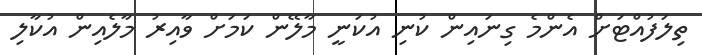
ތިލަފުއްޓަށް އެންމެ ގިނައިން ކުނި އުކަނީ މާލޭން ކަމަށް ވާއިރު މާލެއިން އުކާލި